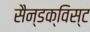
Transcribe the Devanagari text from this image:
सैन्डक्विस्ट